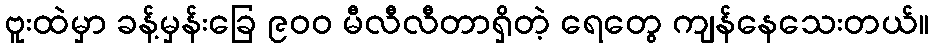
ဗူးထဲမှာ ခန့်မှန်းခြေ ၉၀၀ မီလီလီတာရှိတဲ့ ရေတွေ ကျန်နေသေးတယ်။